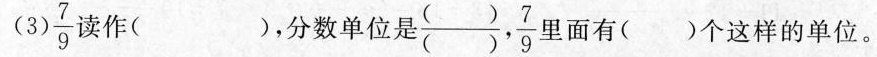
(3) \frac{7}{9}读作( )，分数单位是 ()7 \frac{7}{9} 里面有()个这样的单位。